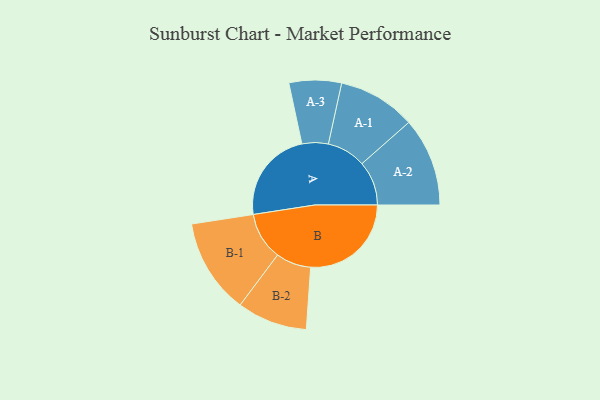
{"axis": {"x": "Segment", "y": "Value"}, "legend": ["", "A", "B"], "data": [{"x": "A", "y": 425, "type": ""}, {"x": "B", "y": 461, "type": ""}, {"x": "A-1", "y": 178, "type": "A"}, {"x": "A-2", "y": 203, "type": "A"}, {"x": "A-3", "y": 120, "type": "A"}, {"x": "B-1", "y": 218, "type": "B"}, {"x": "B-2", "y": 161, "type": "B"}]}